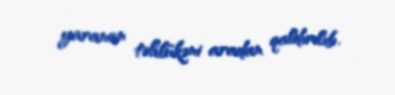
yaranan təhlükəni aradan qaldırılıb.